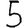
Digit: 5